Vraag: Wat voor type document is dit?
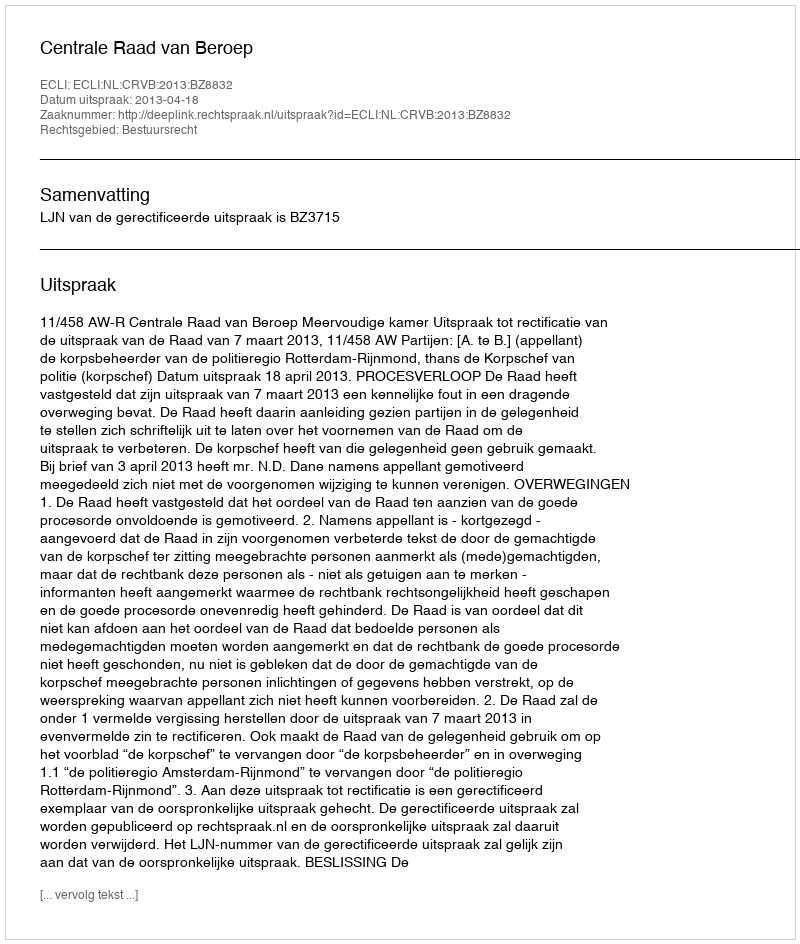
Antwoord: Uitspraak